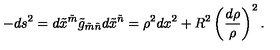
- d s ^ { 2 } = d \tilde { x } ^ { \tilde { m } } \tilde { g } _ { \tilde { m } \tilde { n } } d \tilde { x } ^ { \tilde { n } } = \rho ^ { 2 } d x ^ { 2 } + R ^ { 2 } \left( \frac { d \rho } \rho \right) ^ { 2 } .